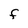
Character: F